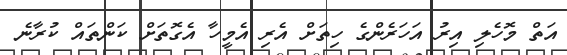
އަތް މޮހެލި އިރު އަހަރެންގެ ހިތަށް އެރި އެމީހާ އެގޮތަށް ކަންތައް ކުރާނެ